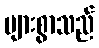
များစွာသည်